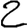
Digit: 2